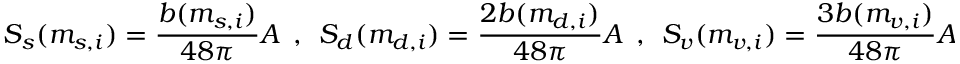
S _ { s } ( m _ { s , i } ) = { \frac { b ( m _ { s , i } ) } { 4 8 \pi } } { \cal A } ~ ~ , ~ ~ S _ { d } ( m _ { d , i } ) = { \frac { 2 b ( m _ { d , i } ) } { 4 8 \pi } } { \cal A } ~ ~ , ~ ~ S _ { v } ( m _ { v , i } ) = { \frac { 3 b ( m _ { v , i } ) } { 4 8 \pi } } { \cal A } ~ ~ .